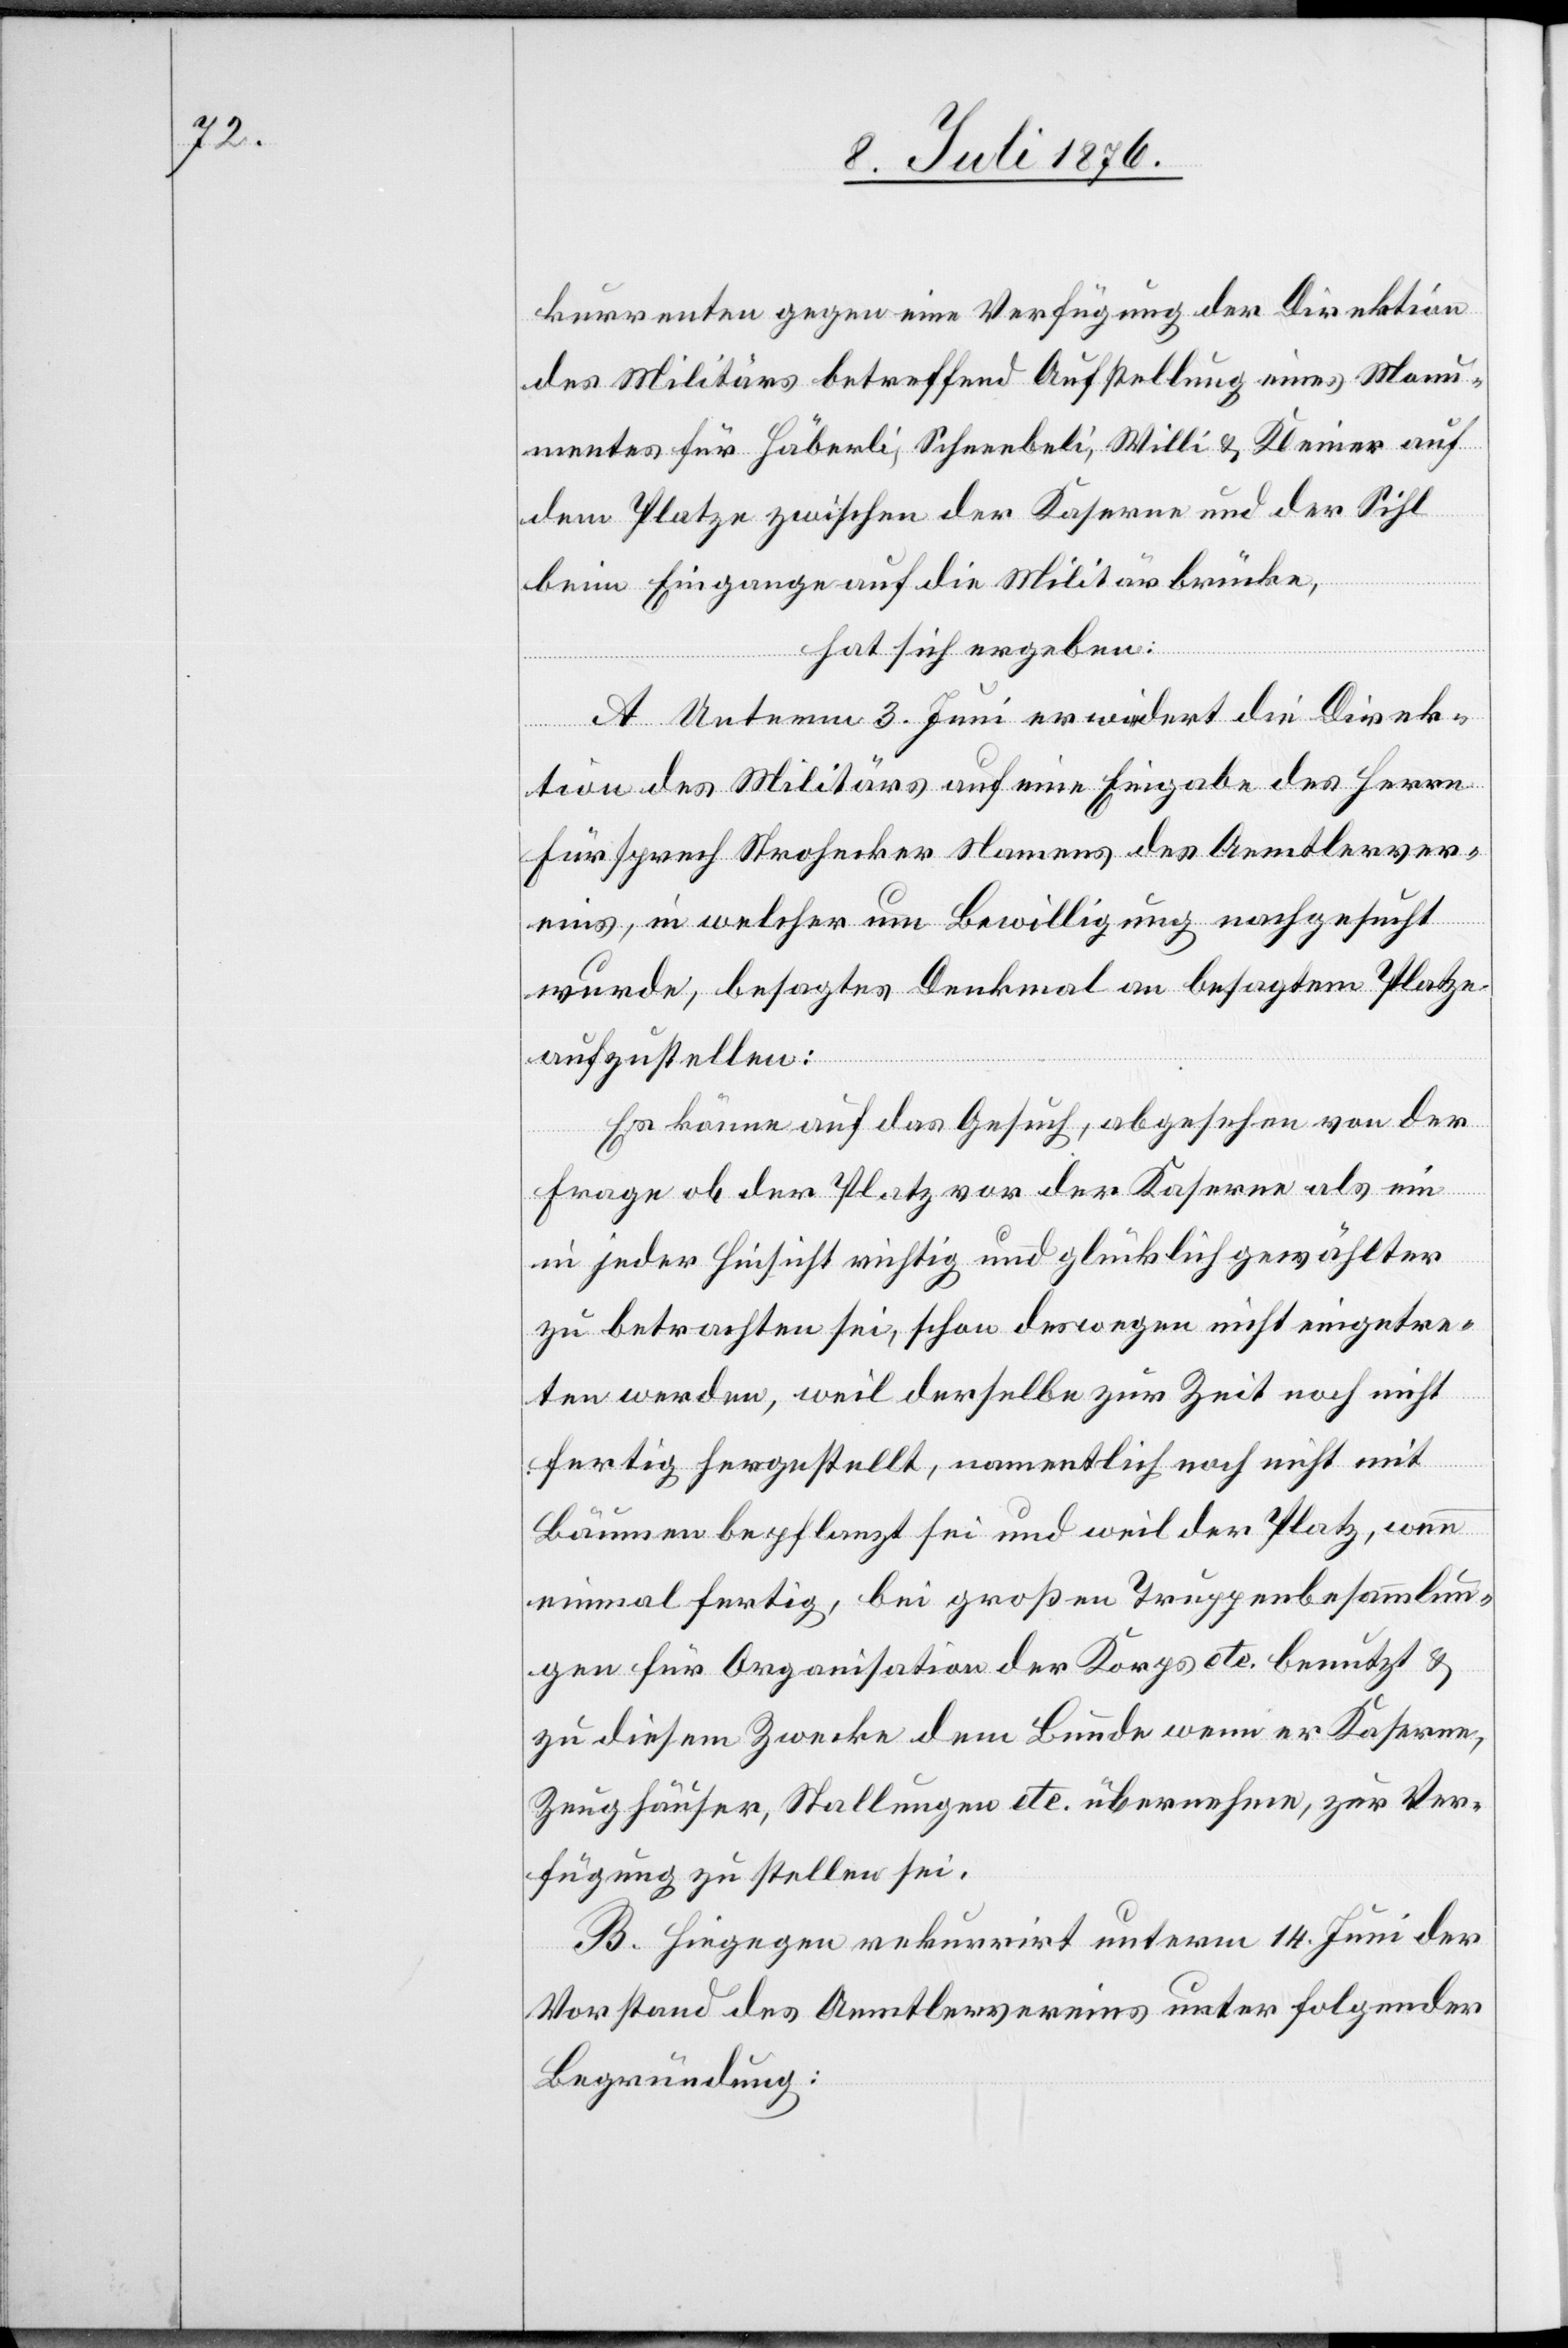
kurrenten gegen eine Verfügung der Direktion
des Militärs betreffend Aufstellung eines Monu¬
mentes für Häberli, Schneebeli, Willi & Kleiner auf
dem Platze zwischen der Kaserne und der Sihl
beim Eingange auf die Militärbrücke,
hat sich ergeben:
A. Unterm 3. Juni erwiedert die Direk¬
tion des Militärs auf eine Eingabe des Herrn
Fürsprech Strohecker Namens des Aemtlerver¬
eins in welcher um Bewilligung nachgesucht
wurde, besagtes Denkmal an besagtem Platze
aufzustellen:
Es könne auf das Gesuch, abgesehen von der
Frage ob der Platz vor der Kaserne als ein
in jeder Hinsicht richtig und glücklich gewählter
zu betrachten sei, schon deswegen nicht eingetre¬
ten werden, weil derselbe zur Zeit noch nicht
fertig gestellt, namentlich noch nicht mit
Bäumen bepflanzt sei und weil der Platz, wenn
einmal fertig, bei großen Truppenbesammlun¬
gen für Organisation der Korps etc. benutzt &
zu diesem Zwecke dem Bunde wenn er Kaserne,
Zeughäuser, Stellungen etc. übernehme, zur Ver¬
fügung zu stellen sei.
B. Hingegen rekurrirt unterm 14. Juni der
Vorstand des Aemtlervereins unter folgender
Begründung: